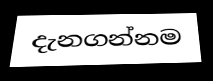
දැනගන්නම